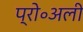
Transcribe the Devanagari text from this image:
प्रो॰अली